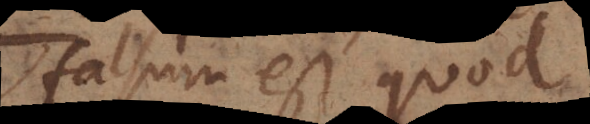
falsum est quod